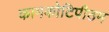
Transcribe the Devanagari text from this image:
कामकोटिपीठम